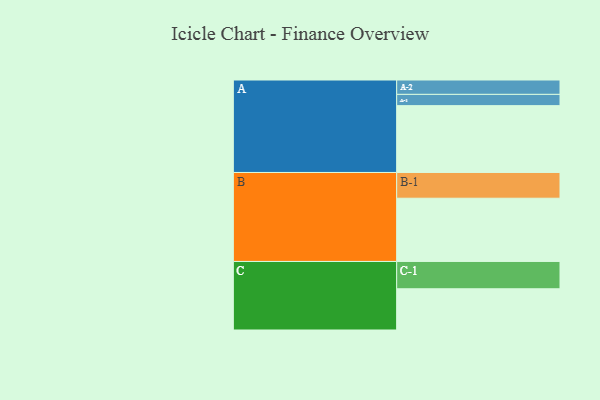
{"axis": {"x": "Segment", "y": "Value"}, "legend": ["", "A", "B", "C"], "data": [{"x": "A", "y": 553, "type": ""}, {"x": "B", "y": 523, "type": ""}, {"x": "C", "y": 341, "type": ""}, {"x": "A-1", "y": 93, "type": "A"}, {"x": "A-2", "y": 119, "type": "A"}, {"x": "B-1", "y": 213, "type": "B"}, {"x": "C-1", "y": 226, "type": "C"}]}